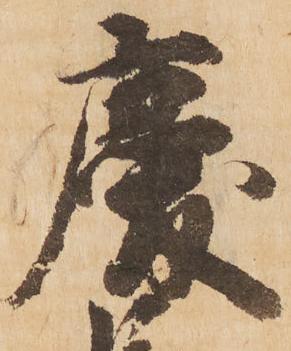
慶